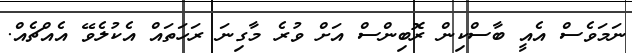
ނަމަވެސް އެއީ ބާސްކިން ރޮބިންސް އަށް ވުރެ މާގިނަ ރަހަތައް އެކުލެވޭ އެއްޗެއް.